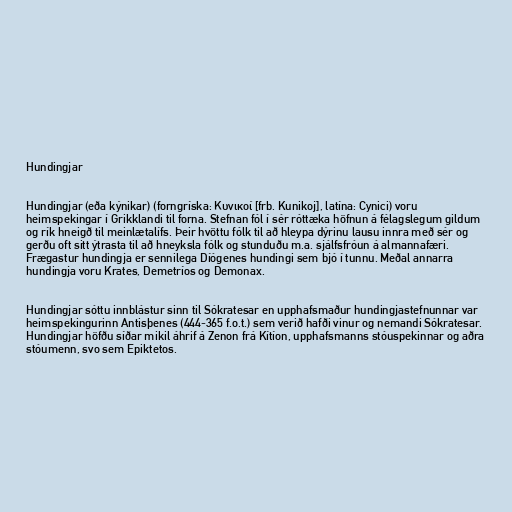
Hundingjar

Hundingjar (eða kýnikar) (forngríska: Κυνικοί [frb. Kunikoj], latína: Cynici) voru
heimspekingar í Grikklandi til forna. Stefnan fól í sér róttæka höfnun á félagslegum gildum
og rík hneigð til meinlætalífs. Þeir hvöttu fólk til að hleypa dýrinu lausu innra með sér og
gerðu oft sitt ýtrasta til að hneyksla fólk og stunduðu m.a. sjálfsfróun á almannafæri.
Frægastur hundingja er sennilega Díógenes hundingi sem bjó í tunnu. Meðal annarra
hundingja voru Krates, Demetríos og Demonax.

Hundingjar sóttu innblástur sinn til Sókratesar en upphafsmaður hundingjastefnunnar var
heimspekingurinn Antisþenes (444-365 f.o.t.) sem verið hafði vinur og nemandi Sókratesar.
Hundingjar höfðu síðar mikil áhrif á Zenon frá Kítíon, upphafsmanns stóuspekinnar og aðra
stóumenn, svo sem Epiktetos.